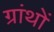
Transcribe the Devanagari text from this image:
ग्रांथों